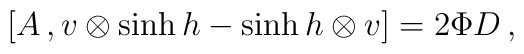
[A\,,v\otimes \sinh h-\sinh h\otimes v]=2\Phi D\,,